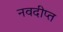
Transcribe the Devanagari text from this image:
नवदीप्त